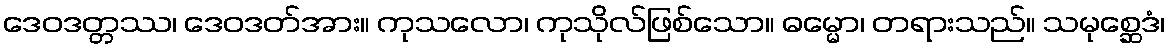
ဒေဝဒတ္တဿ၊ ဒေဝဒတ်အား။ ကုသလော၊ ကုသိုလ်ဖြစ်သော။ ဓမ္မော၊ တရားသည်။ သမုစ္ဆေဒံ၊